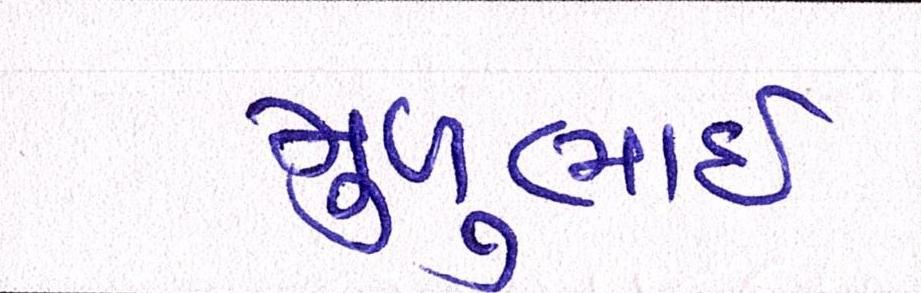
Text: મુળુભાઇ